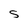
Character: S